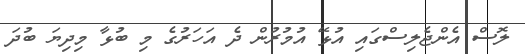
ލޮސް އެންޖެލިސްގައި އުޅޭ އުމުރުން ދެ އަހަރުގެ މި ބުޅާ މިދިޔަ ބުދަ